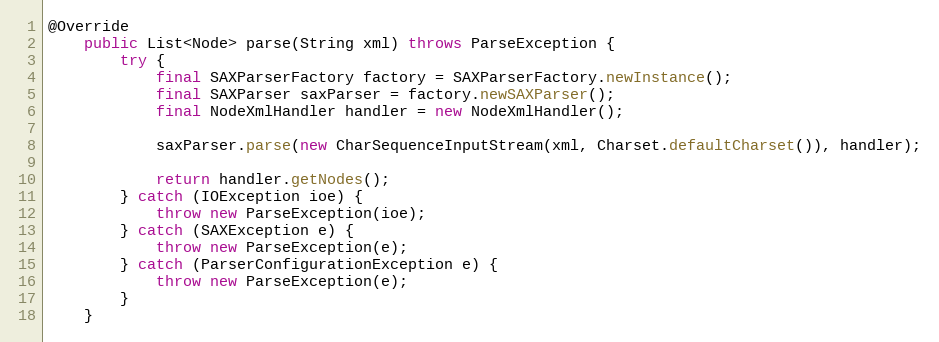
Language: Java
@Override
    public List<Node> parse(String xml) throws ParseException {
        try {
            final SAXParserFactory factory = SAXParserFactory.newInstance();
            final SAXParser saxParser = factory.newSAXParser();
            final NodeXmlHandler handler = new NodeXmlHandler();

            saxParser.parse(new CharSequenceInputStream(xml, Charset.defaultCharset()), handler);

            return handler.getNodes();
        } catch (IOException ioe) {
            throw new ParseException(ioe);
        } catch (SAXException e) {
            throw new ParseException(e);
        } catch (ParserConfigurationException e) {
            throw new ParseException(e);
        }
    }